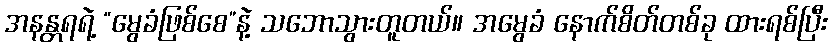
အနန္တရရဲ့ “မွေခံဖြစ်စေ”နဲ့ သဘောသွားတူတယ်။ အမွေခံ နောက်စိတ်တစ်ခု ထားရစ်ပြီး